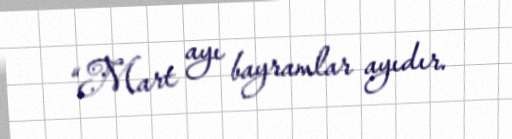
“Mart ayı bayramlar ayıdır.